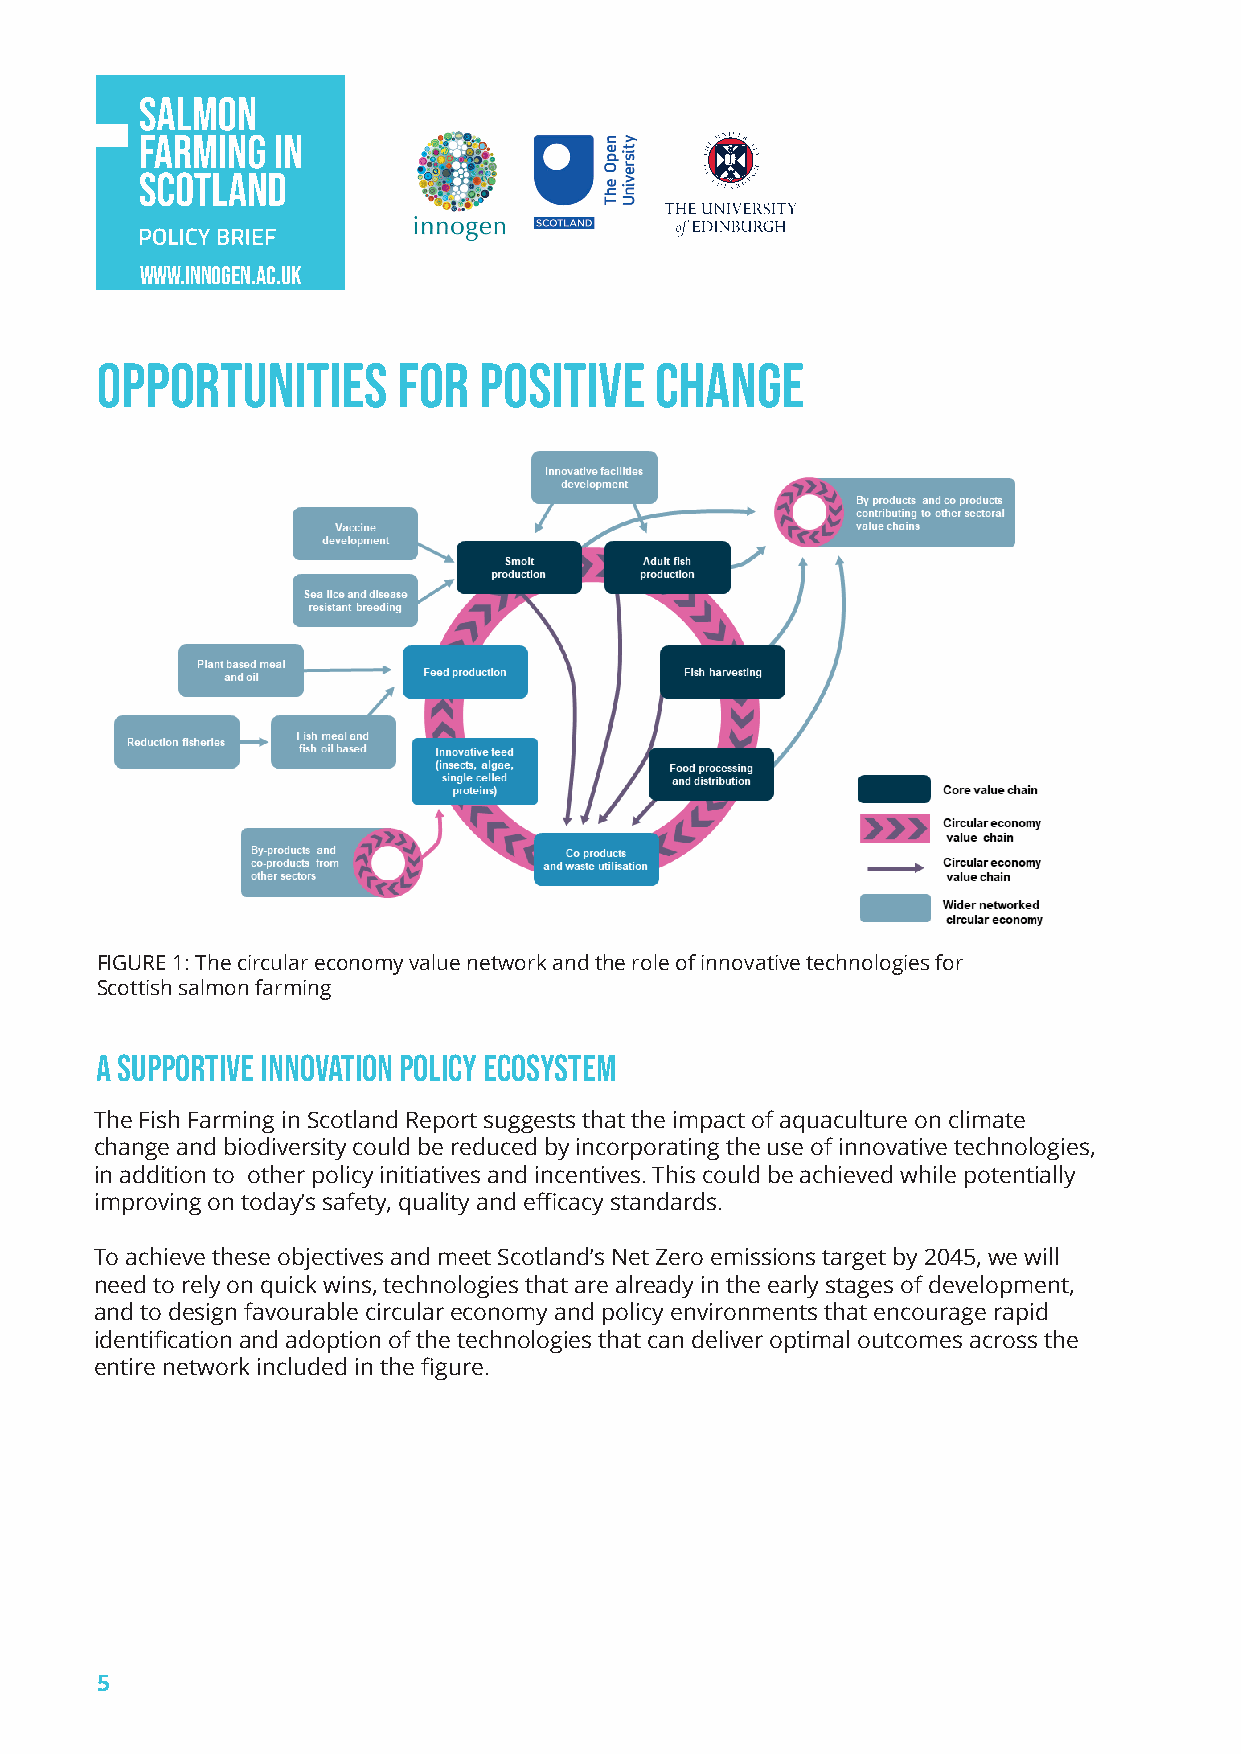
www.innogen.ac.uk
 opportunities       for   positive   change
 FIGURE 1: The circular economy value network and the role of innovative technologies for
 Scottish salmon farming
 A supportive innovation policy ecosystem
 The Fish Farming in Scotland Report suggests that the impact of aquaculture on climate
 change and biodiversity could be reduced by incorporating the use of innovative technologies,
 in addition to other policy initiatives and incentives. This could be achieved while potentially
 improving on today’s safety, quality and efficacy standards.
 To achieve these objectives and meet Scotland’s Net Zero emissions target by 2045, we will
 need to rely on quick wins, technologies that are already in the early stages of development,
 and to design favourable circular economy and policy environments that encourage rapid
 identification and adoption of the technologies that can deliver optimal outcomes across the
 entire network included in the figure.
 5